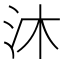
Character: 沐